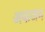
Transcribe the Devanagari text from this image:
अफजन